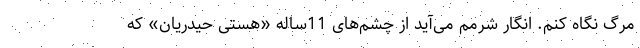
مرگ نگاه کنم. انگار شرمم می‌آید از چشم‌های 11ساله «هستی حیدریان» که